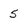
Character: 5